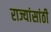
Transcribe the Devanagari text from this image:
राज्यांसांठी